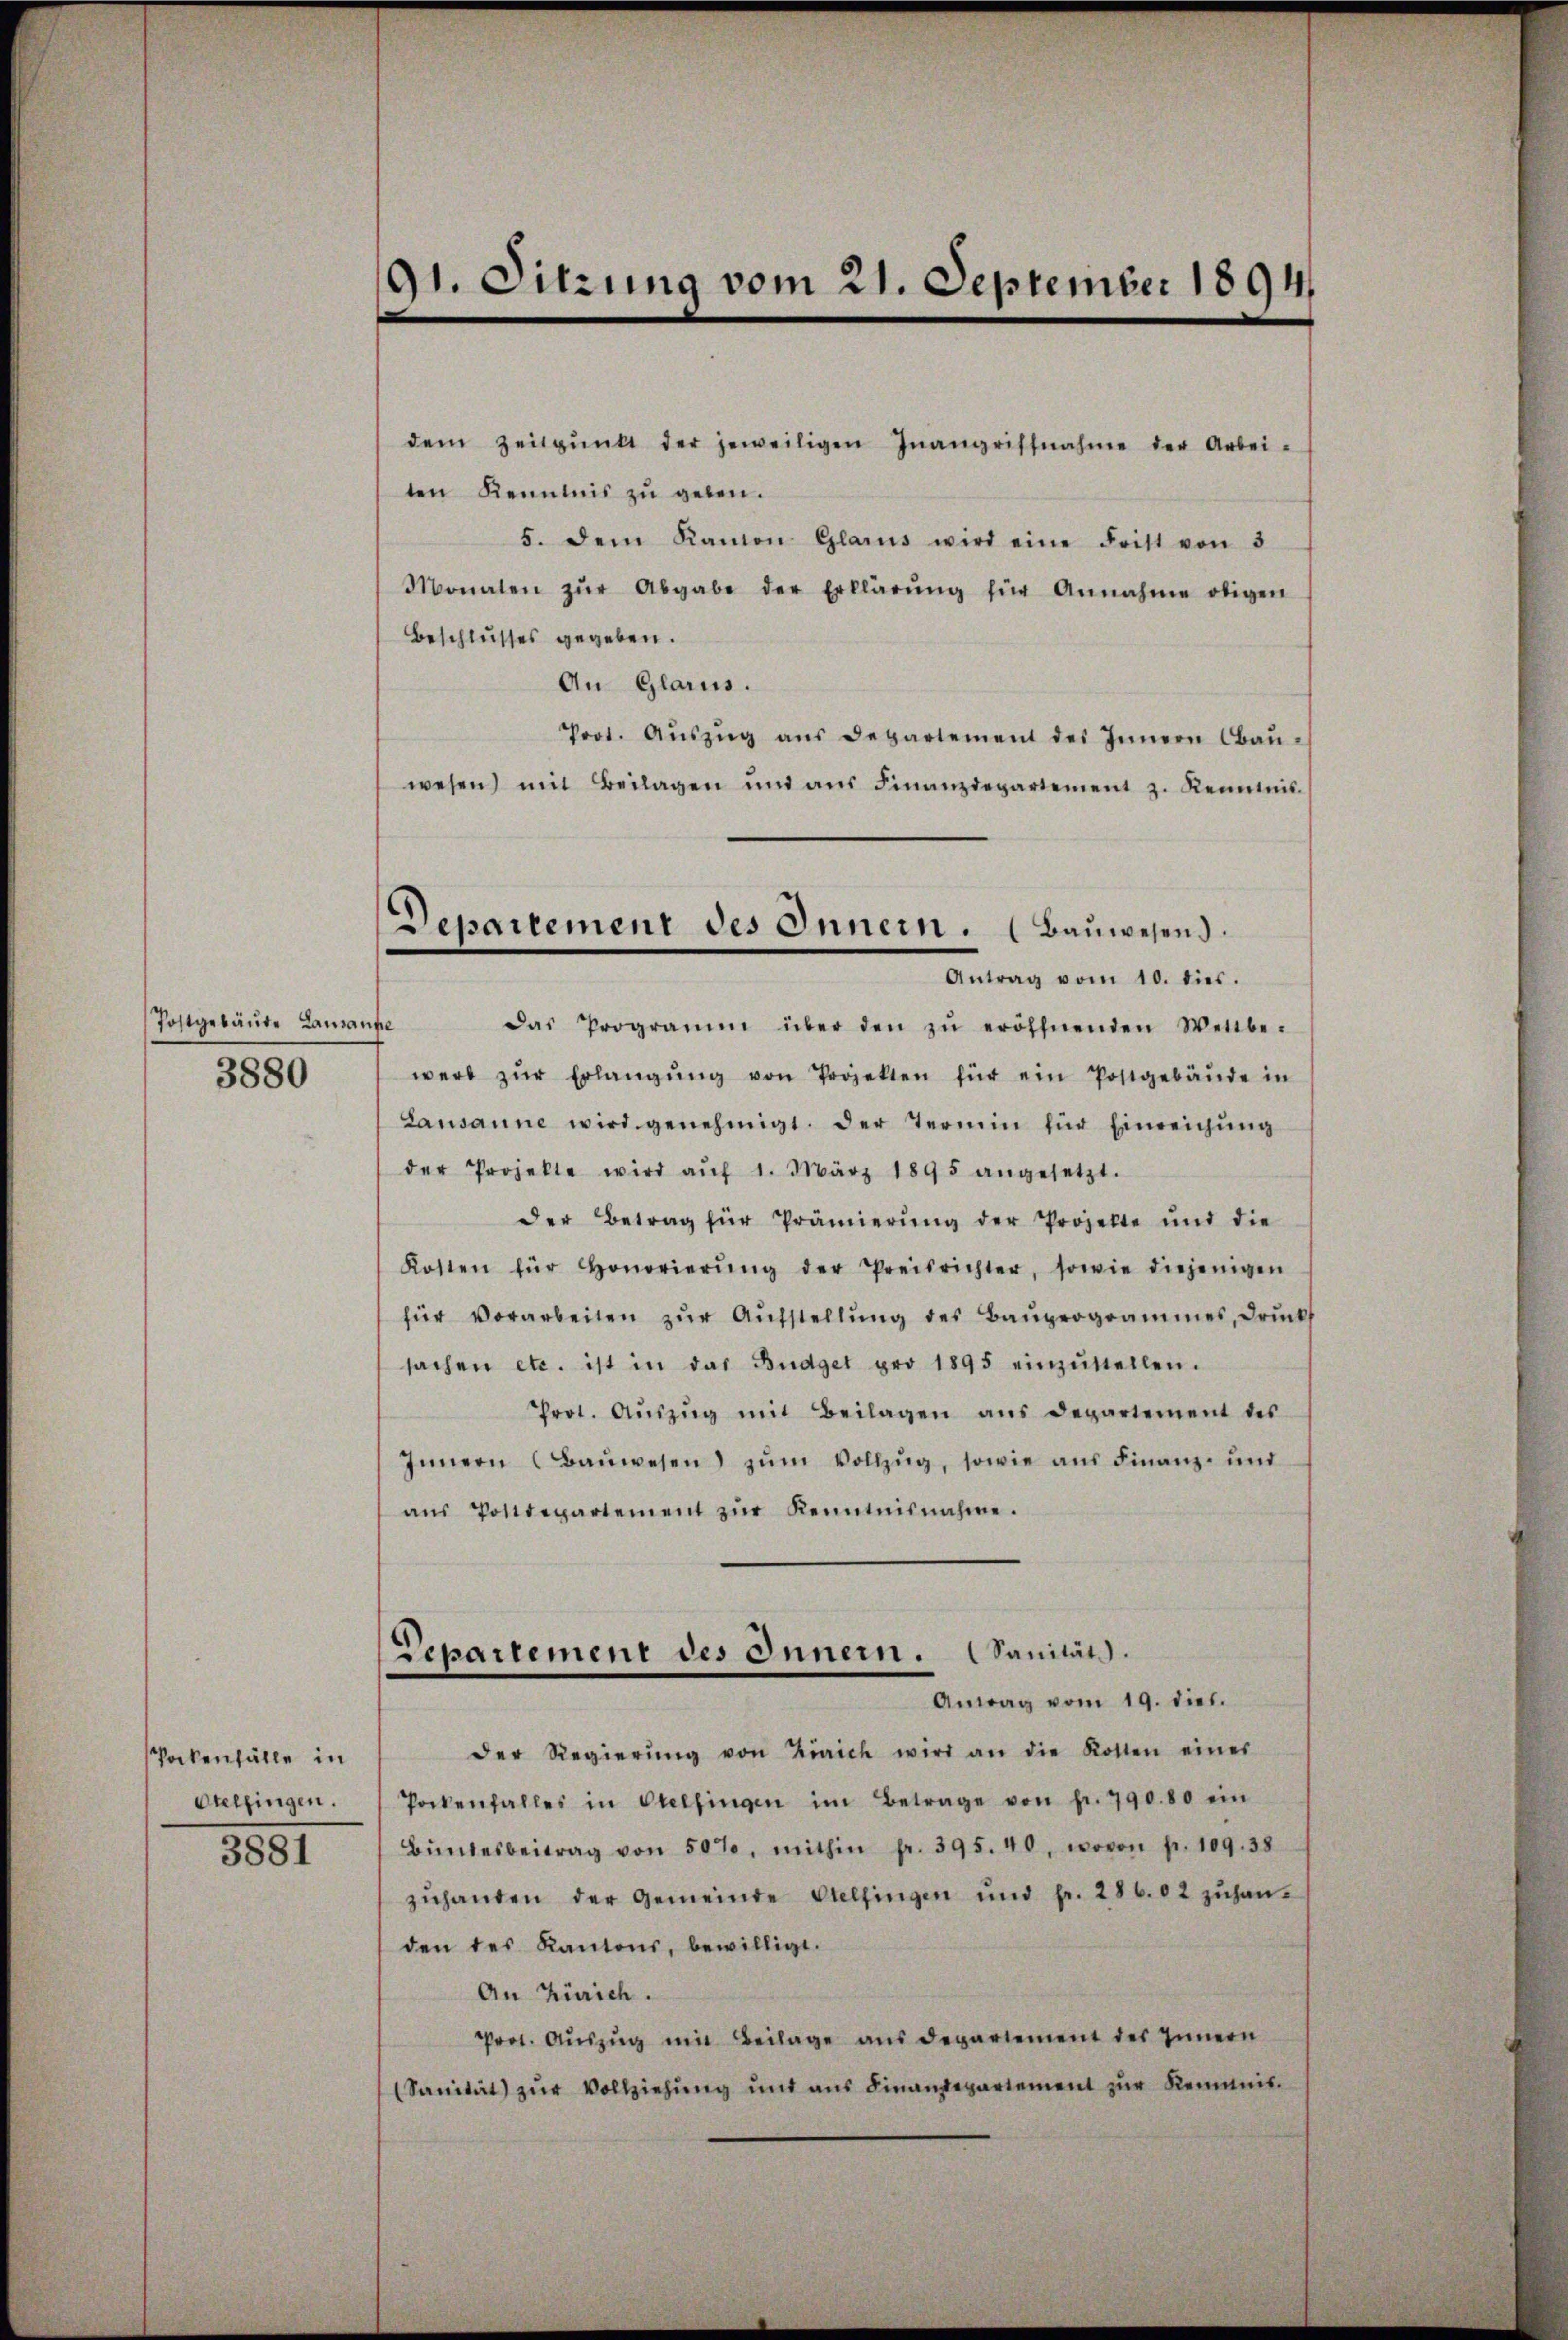
Postgebäute Lausanne
3880

Pockenfälle in
Otelfingen.
3501

91. Sitzung vom 21. September 1894

dem Zeitpŭnkt der jeweiligen Inangriffnahme der Arbei-
ten Kenntnis zu geben.
5. dem Kamon Glarus wird eine Frist von 3
Monaten zŭr Abgabe der Erklärŭng für Annahme obigen
Beschlusses gegeben.
An Glarus.
Prot. Aŭszŭg aŭs departement des Innern Baŭ-
wesen mit Beilagen und aŭs Finanzdepartement z. Kenntnis.
Das Programm über den zŭ eröffnenden Wettbe-
werd zŭr Erlangŭng von Projekten für ein Postgebäŭde in
Lausanne wird genehmigt. Der Termin für Einreichŭng
der Projekte wird aŭf 1. März 1895 angesetzt.
der Betrag für Prämierŭng der Prozelte und die
Kosten für Honorierŭng der Preisrichter, sowie diejenigen
für vorarbeiten zŭr Aŭfstellŭng des Baŭprogrammes, Drŭck
sachen etc. ist in das Budget pro 1895 einzŭstellen.
Prot. Aŭszŭg mit Beilagen ans Departement des
Innern (Baŭwesen zŭm Vollzug, sowie aus Finanz- und
aŭs Postdepartement zŭr Kenntnisnahme.
Repartement des Innern. Sanität.
Antrag vom 19. dieb.
der Regierŭng von Zürich wird an die Rotten eines
Pockenfalles in Otelfingen im Betrage von fr. 790.80 ein
Bŭndesbeitrag von 50%, mithin fr. 395. 40, wovon fr. 109. 38
zŭhanden der Gemeinde Otelfingen ŭnd Fr. 286.02 zŭhan-
den des Kantons, bewilligt.
An Zürich.
Prot. Aŭszŭg mit Beilage aus departement des Innern
(Sanität zŭr Vollziehŭng und ans Finandepartement zŭr Remmnis.

Departement des Innern. (Bauwesend.
Antrag vom 10. dies.